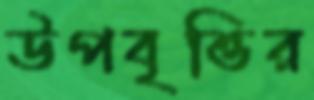
উপবৃত্তির